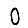
Digit: 0